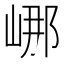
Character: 𡷙